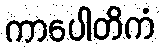
ကာပေါတိကံ